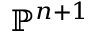
\mathbb { P } ^ { n + 1 }